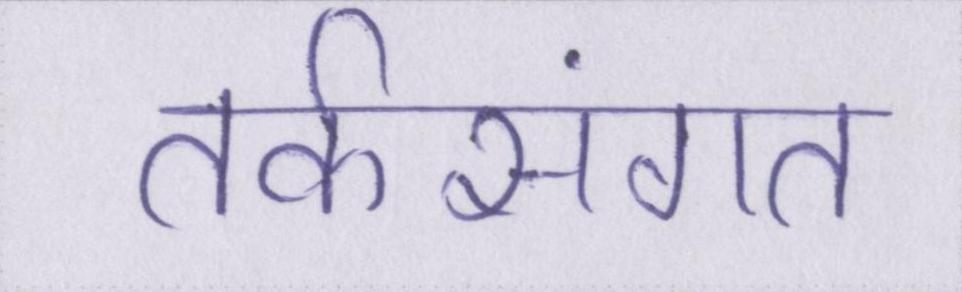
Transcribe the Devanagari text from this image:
तर्कसंगत